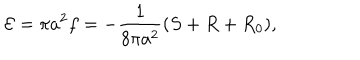
{ \cal E } = \pi a ^ { 2 } f = - { \frac { 1 } { 8 \pi a ^ { 2 } } } ( S + R + R _ { 0 } ) ,